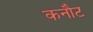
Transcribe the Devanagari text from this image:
कनौट